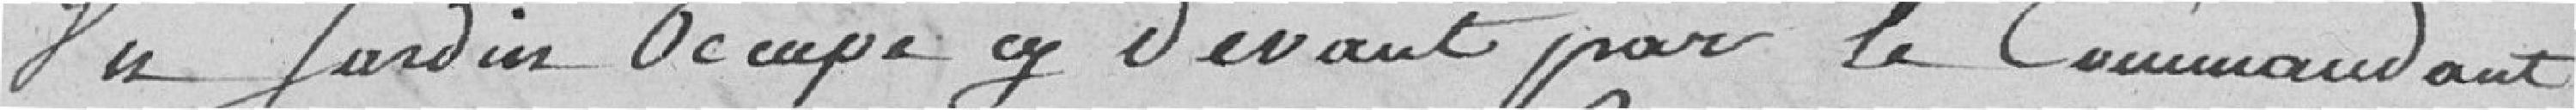
Du jardin occupé cy devant par le commandant